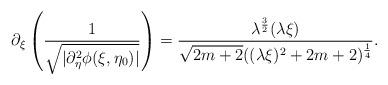
LaTeX: \begin{align*}\partial_{\xi}\left({\frac{1}{\sqrt{|\partial^{2}_{\eta}\phi(\xi,\eta_{0})|}}}\right)=\frac{\lambda^{\frac{3}{2}}(\lambda\xi)}{\sqrt{2m+2}((\lambda\xi)^2+2m+2)^{\frac{1}{4}}}.\end{align*}